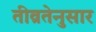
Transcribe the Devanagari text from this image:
तीव्रतेनुसार